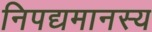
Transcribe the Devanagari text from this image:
निपद्यमानस्य